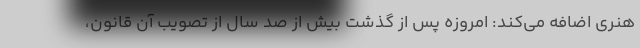
هنری اضافه می‌کند: امروزه پس از گذشت بیش از صد سال از تصویب آن قانون،